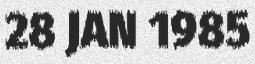
28 JAN 1985